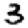
Digit: 3